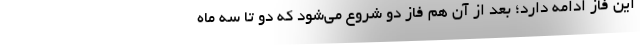
این فاز ادامه دارد؛ بعد از آن هم فاز دو شروع می‌شود که دو تا سه ماه